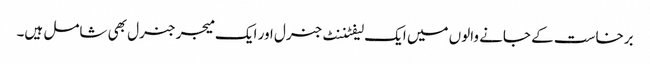
برخاست کے جانے والوں میں ایک لیفٹننٹ جنرل اور ایک میجر جنرل بھی شامل ہیں۔